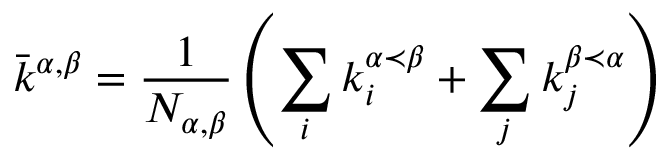
\displaystyle \bar { k } ^ { \alpha , \beta } = \frac { 1 } { N _ { \alpha , \beta } } \left( \sum _ { i } { k _ { i } ^ { \alpha \prec \beta } } + \sum _ { j } { k _ { j } ^ { \beta \prec \alpha } } \right)